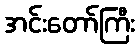
အင်းတော်ကြီး